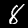
Label: 8